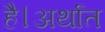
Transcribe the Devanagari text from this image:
है।अर्थात